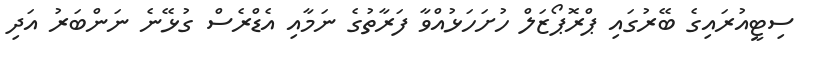
ސިޓީއުރައިގެ ބޭރުގައި ޕްރޮޕޯޒަލް ހުށަހަޅުއްވާ ފަރާތުގެ ނަމާއި އެޑްރެސް ގުޅޭނެ ނަންބަރު އަދި